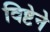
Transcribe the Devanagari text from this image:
विष्टेने